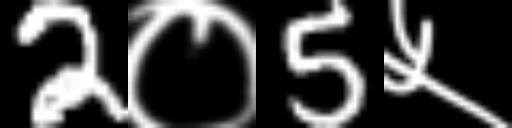
Text: 2०5५